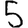
Digit: 5